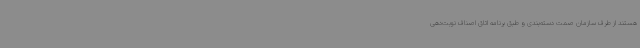
هستند از طرف سازمان صمت دسته‌بندی و طبق برنامه اتاق اصناف نوبت‌دهی